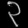
Digit: ၃